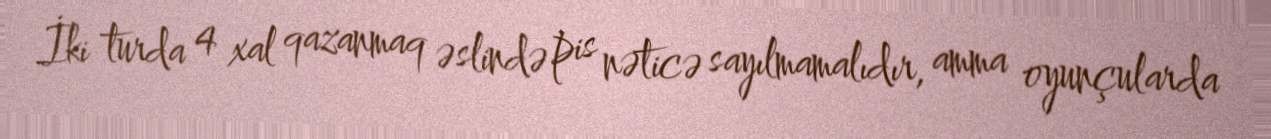
İki turda 4 xal qazanmaq əslində pis nəticə sayılmamalıdır, amma oyunçularda